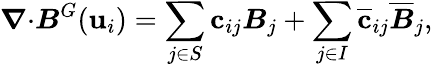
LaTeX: \boldsymbol{\nabla}{\cdot}\boldsymbol{B}^{G}(\mathbf{u}_{i})=\sum_{j\in S}\mathbf{c}_{ij}\boldsymbol{B}_{j}+\sum_{j\in I}\overline{{\mathbf{c}}}_{ij}\overline{{\boldsymbol{B}}}_{j},